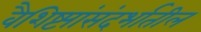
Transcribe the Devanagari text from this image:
वैशिष्ट्यांसंदर्भातील